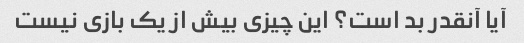
آیا آنقدر بد است؟ این چیزی بیش از یک بازی نیست